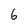
Character: 6